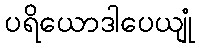
ပရိယောဒါပေယျုံ